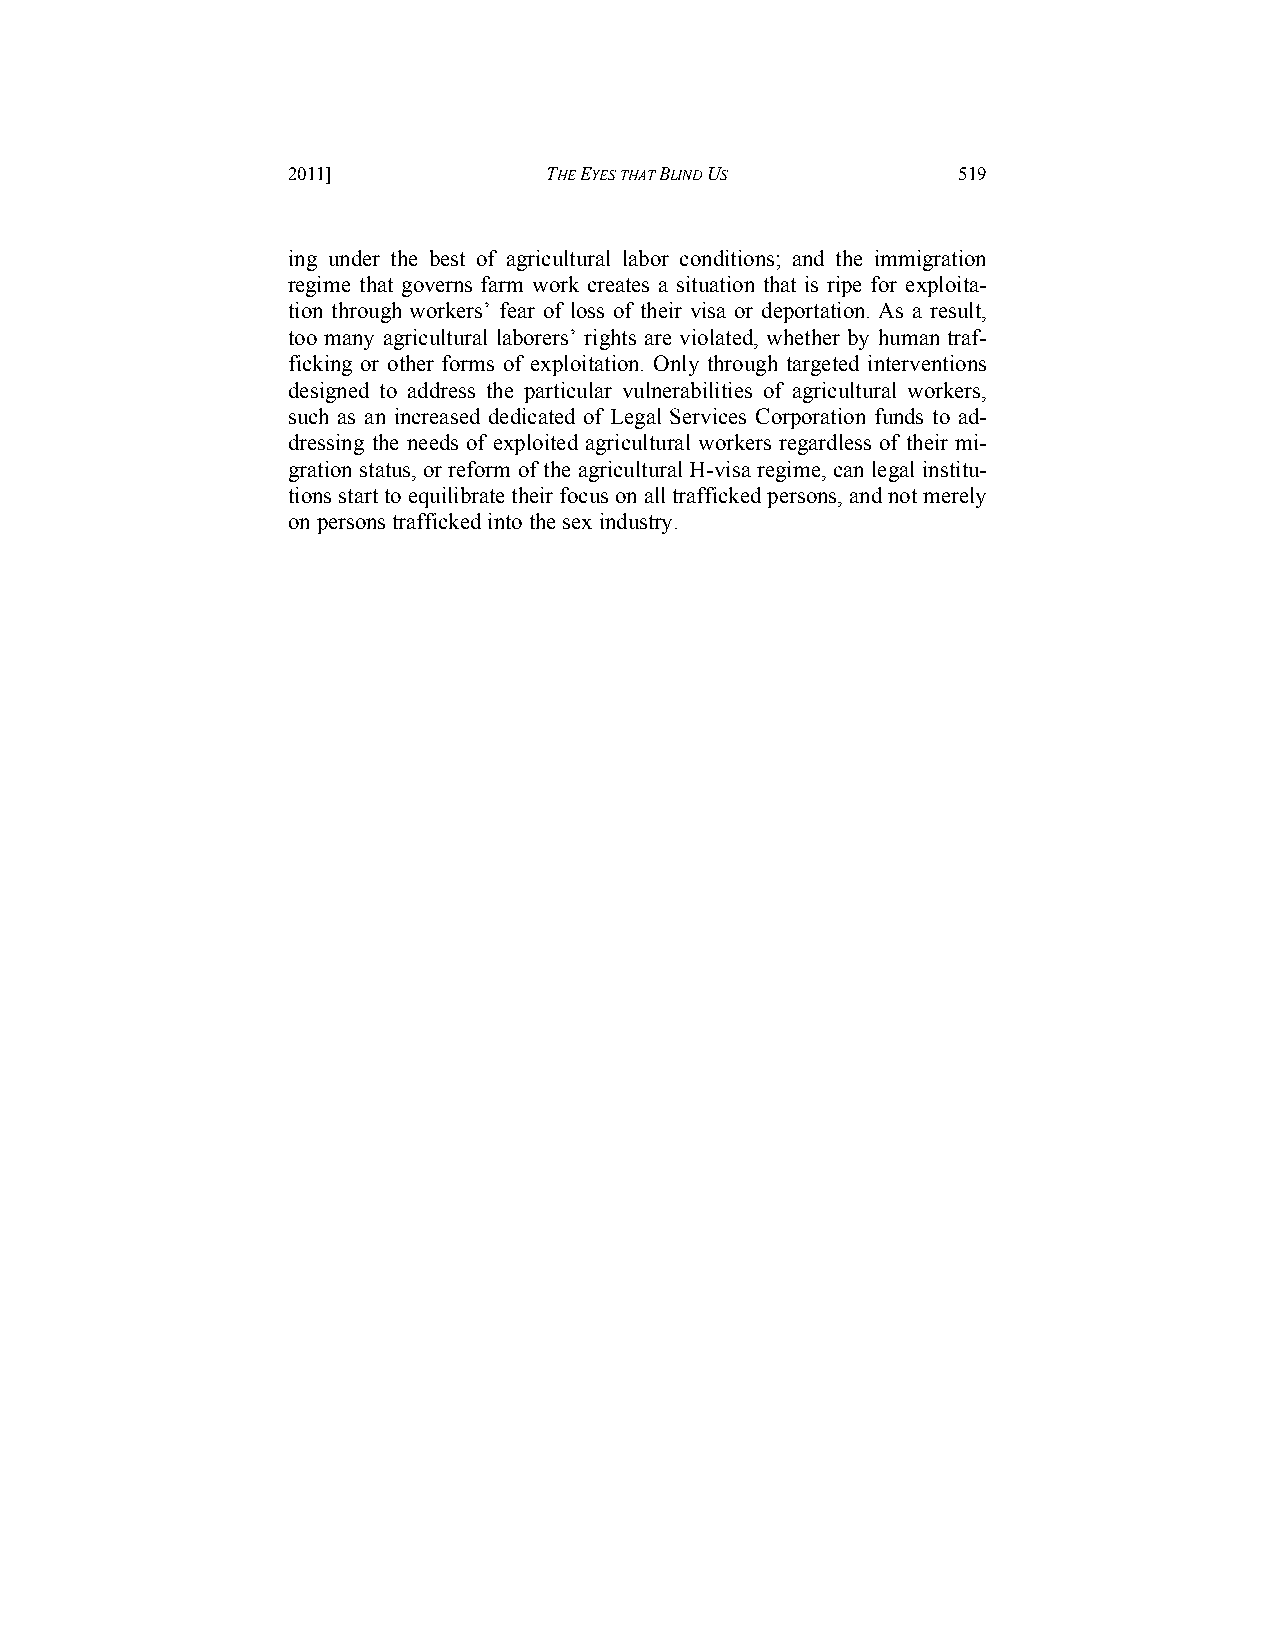
2011]            THE EYES THAT BLIND US     519
 ing under the best of agricultural labor conditions; and the immigration
 regime that governs farm work creates a situation that is ripe for exploita-
 tion through workers’ fear of loss of their visa or deportation. As a result,
 too many agricultural laborers’ rights are violated, whether by human traf-
 ficking or other forms of exploitation. Only through targeted interventions
 designed to address the particular vulnerabilities of agricultural workers,
 such as an increased dedicated of Legal Services Corporation funds to ad-
 dressing the needs of exploited agricultural workers regardless of their mi-
 gration status, or reform of the agricultural H-visa regime, can legal institu-
 tions start to equilibrate their focus on all trafficked persons, and not merely
 on persons trafficked into the sex industry.